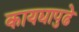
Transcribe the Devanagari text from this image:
कायद्यापुढे